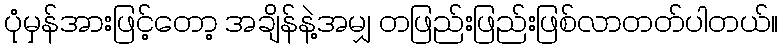
ပုံမှန်အားဖြင့်တော့ အချိန်နဲ့အမျှ တဖြည်းဖြည်းဖြစ်လာတတ်ပါတယ်။